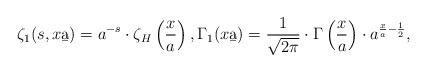
LaTeX: \begin{align*}\zeta_1(s,x\b a)= a^{-s}\cdot \zeta_H\left(\frac{x}{a}\right),\Gamma_1(x\b a)= \frac{1}{\sqrt{2\pi}}\cdot \Gamma\left(\frac{x}{a}\right) \cdot a^{\frac{x}{a}-\frac{1}{2}},\end{align*}